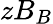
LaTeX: zB_{B}